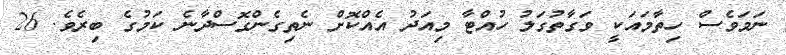
ނަމަވެސް ހިތާމައަކީ ވަގާތުގަލު ހުއްޓާ މިއަދު އެއްކޮށް ނެތިގެންގޮސްދާނެ ކަމުގެ ބިރެވެ. 26